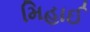
મિહાઈ